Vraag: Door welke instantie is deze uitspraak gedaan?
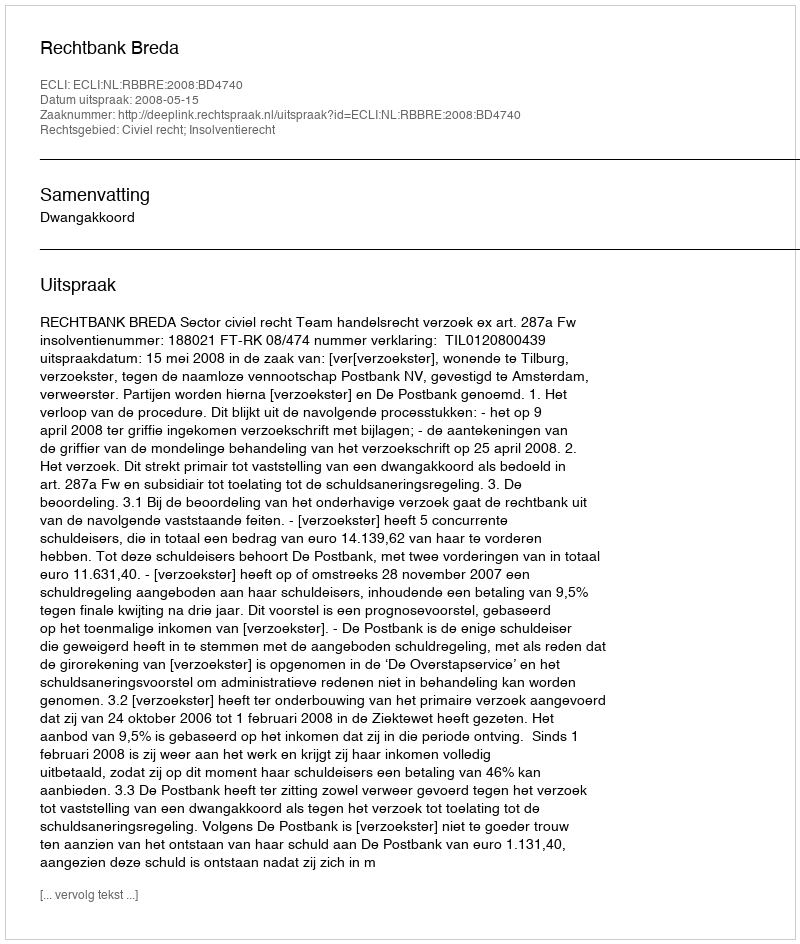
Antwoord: Rechtbank Breda